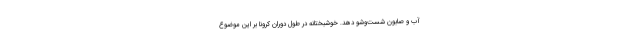
آب و صابون شست‌وشو دهد. خوشبختانه در طول دوران کرونا بر این موضوع